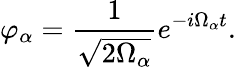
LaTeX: \varphi_{\alpha}=\frac{1}{\sqrt{2\Omega_{\alpha}}}e^{-i\Omega_{\alpha}t}.